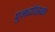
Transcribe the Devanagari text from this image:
पुनर्व्यवस्थन